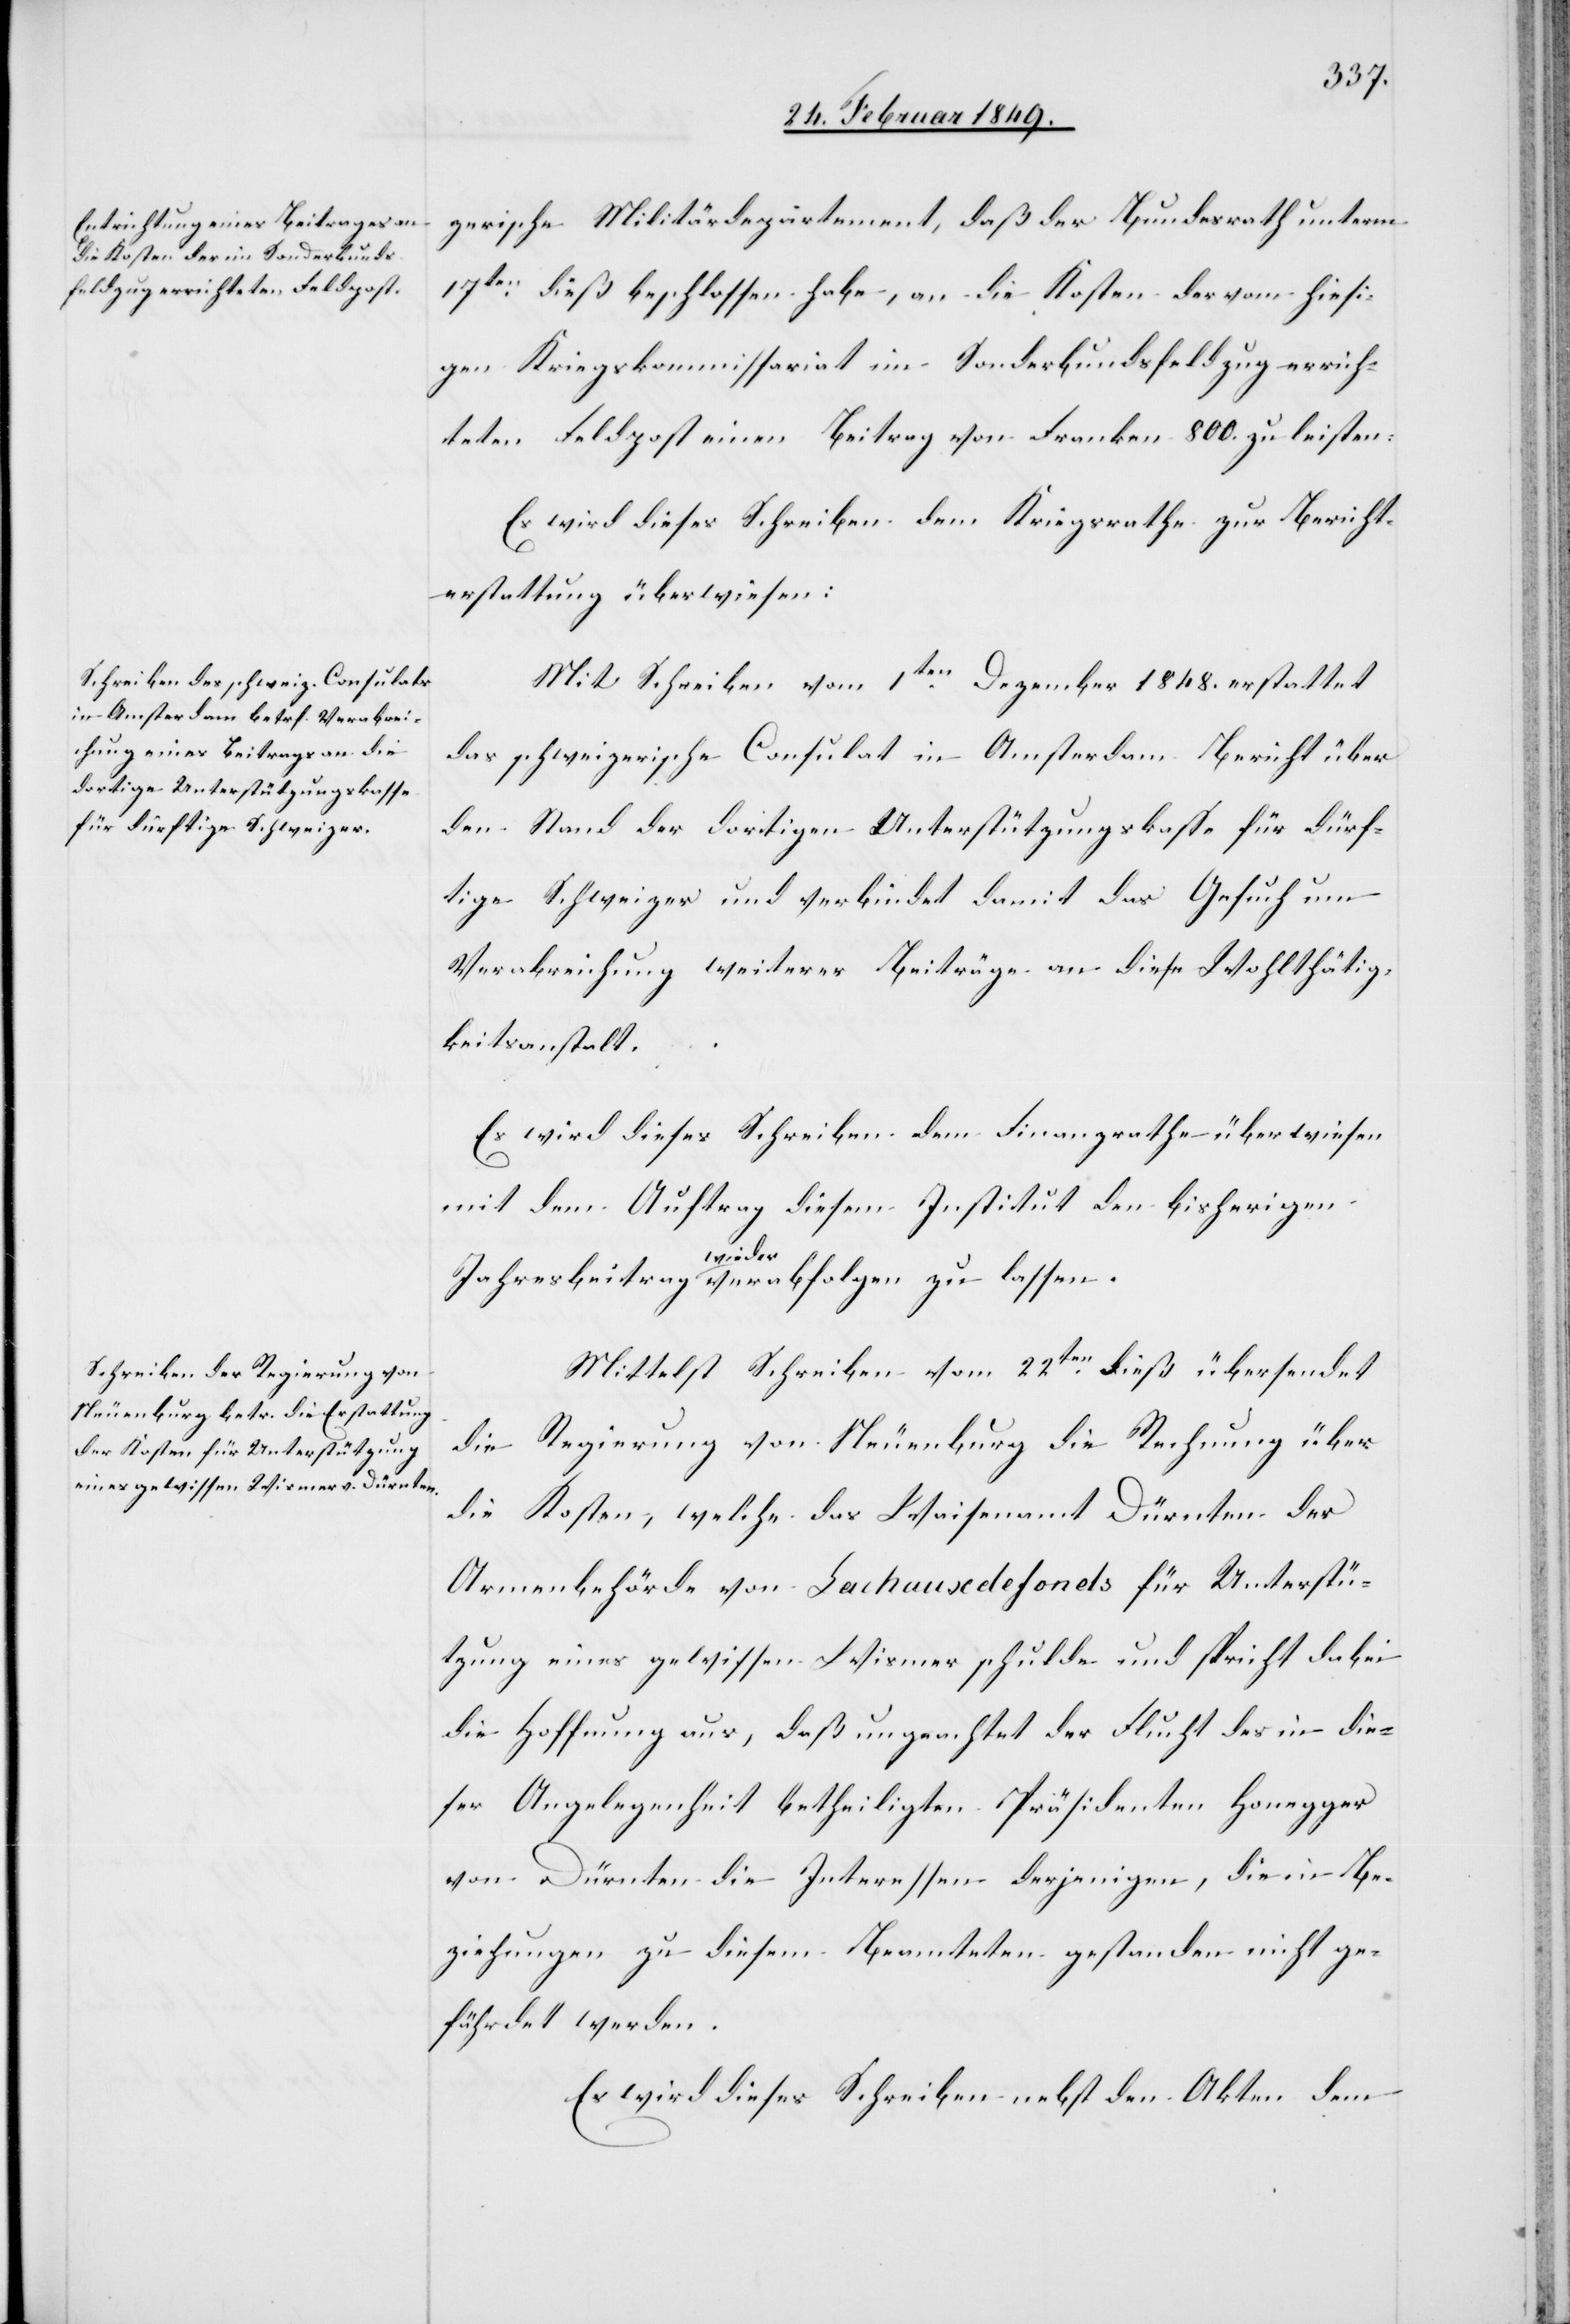
zerische Militärdepartement, daß der Bundesrath unterm
17ten. dieß beschlossen habe, an die Kosten der vom hiesi¬
gen Kriegskommissariat im Sonderbundsfeldzug errich¬
teten Feldpost einen Beitrag von Franken 800. zu leisten:
Es wird dieses Schreiben dem Kriegsrathe zur Bericht¬
erstattung überwiesen:
Mit Schreiben vom 1ten. Dezember 1848. erstattet
das schweizerische Consulat in Amsterdam Bericht über
den Stand der dortigen Unterstützungskasse für dürf¬
tige Schweizer und verbindet damit das Gesuch um
Verabreichung weiterer Beiträge an diese Wohlthätig¬
keitsanstalt.
Es wird dieses Schreiben dem Finanzrathe überwiesen
mit dem Auftrag diesem Institut den bisherigen
Jahresbeitrag wieder verabfolgen zu lassen.
Mittelst Schreiben vom 22ten. dieß übersendet
die Regierung von Neuenburg die Rechnung über
die Kosten, welche das Waisenamt Dürnten der
Armenbehörde von Lachauxdefonds für Unterstü¬
tzung eines gewissen Wismer schulde und spricht dabei
die Hoffnung aus, daß ungeachtet der Flucht des in die¬
ser Angelegenheit betheiligten Präsidenten Honegger
von Dürnten die Interessen derjenigen, die in Be¬
ziehungen zu diesem Beamteten gestanden nicht ge¬
fährdet werden.
Es wird dieses Schreiben nebst den Akten dem